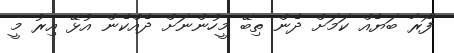
ފޯރާ ބަޔެއް ކަމަށް ދެން ތިބޭ މީހުންނަށް ދެއްކެން އުޅޭ އިރު މީ